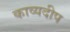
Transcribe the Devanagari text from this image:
काव्यदीप